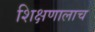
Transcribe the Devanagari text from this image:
शिक्षणालाच